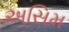
અસિમ